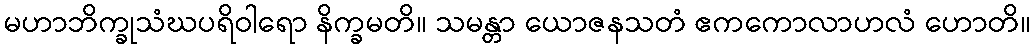
မဟာဘိက္ခုသံဃပရိဝါရော နိက္ခမတိ။ သမန္တာ ယောဇနသတံ ဧကကောလာဟလံ ဟောတိ။